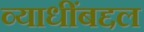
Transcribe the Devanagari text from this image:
व्याधींबद्दल